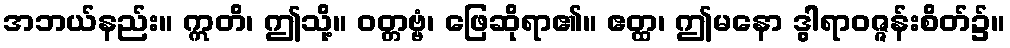
အဘယ်နည်း။ ဣတိ၊ ဤသို့။ ဝတ္တဗ္ဗံ၊ ဖြေဆိုရာ၏။ ဧတ္ထ၊ ဤမနော ဒွါရာဝဇ္ဇန်းစိတ်၌။